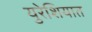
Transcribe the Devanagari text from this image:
युरेशियात